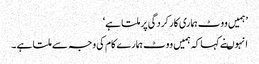
’ہمیں ووٹ ہماری کارکردگی پر ملتا ہے‘
انہوںنے کہا کہ ہمیں ووٹ ہمارے کام کی وجہ سے ملتا ہے ۔